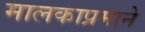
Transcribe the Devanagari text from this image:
मालकाप्रमाने